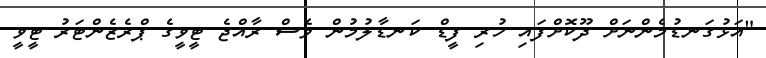
"އަޅުގަނޑުމެންނަށް ދޫކޮށްފައި ހުރި ފީޑް ކަނޑާލުމުން ވެސް ރާއްޖެ ޓީވީގެ ޕްރެޒެންޓަރު ޓީވީ